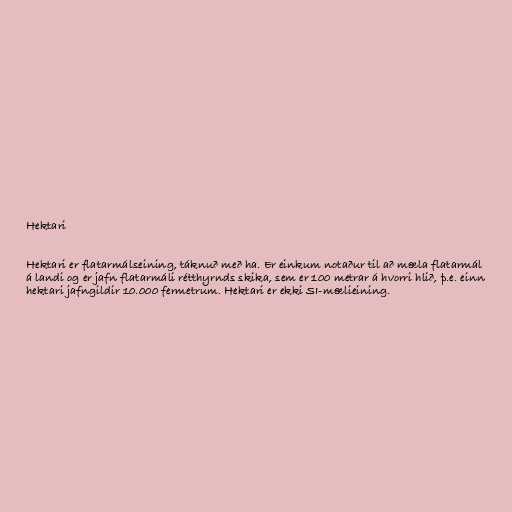
Hektari

Hektari er flatarmálseining, táknuð með ha. Er einkum notaður til að mæla flatarmál
á landi og er jafn flatarmáli rétthyrnds skika, sem er 100 metrar á hvorri hlið, þ.e. einn
hektari jafngildir 10.000 fermetrum. Hektari er ekki SI-mælieining.